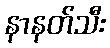
နာနတ်သီး